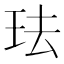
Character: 珐